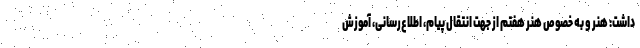
داشت: هنر و به خصوص هنر هفتم از جهت انتقال پیام، اطلاع‌رسانی، آموزش